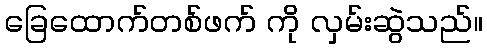
ခြေထောက်တစ်ဖက် ကို လှမ်းဆွဲသည်။